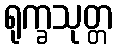
ရုက္ခသုတ္တ